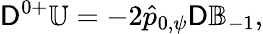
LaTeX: \mathsf{D}^{0+}\mathbb{U}=-2\hat{p}_{0,\psi}\mathsf{D}\mathbb{B}_{-1},